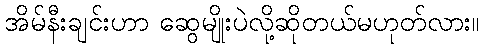
အိမ်နီးချင်းဟာ ဆွေမျိုးပဲလို့ဆိုတယ်မဟုတ်လား။